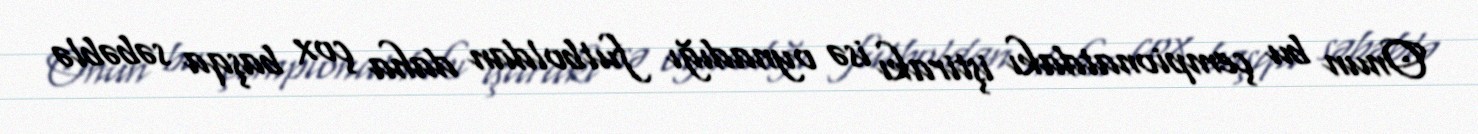
Onun bu çempionatdakı iştirakı isə oynadığı futboldan daha çox başqa səbəblə